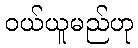
ဝယ်ယူမည်ဟု